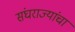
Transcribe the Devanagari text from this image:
संघराज्यांचा